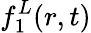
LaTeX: f_{1}^{L}(r,t)